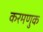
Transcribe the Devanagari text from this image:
करमणुक